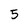
Character: 5